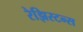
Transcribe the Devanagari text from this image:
रेझिस्टन्स